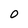
Character: O